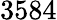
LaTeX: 3584